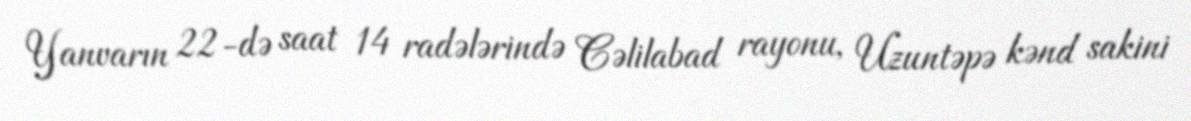
Yanvarın 22-də saat 14 radələrində Cəlilabad rayonu, Uzuntəpə kənd sakini